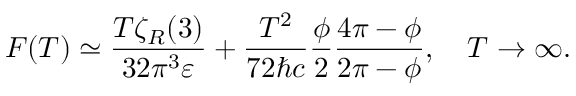
F ( T ) \simeq \frac { T \zeta _ { R } ( 3 ) } { 3 2 \pi ^ { 3 } \varepsilon } + \frac { T ^ { 2 } } { 7 2 \hbar c } \frac { \phi } { 2 } \frac { 4 \pi - \phi } { 2 \pi - \phi } , \quad T \to \infty { . }